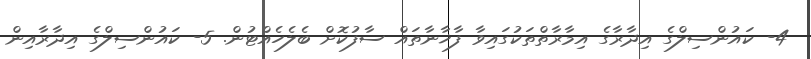
4- ކައުންސިލްގެ އިދާރާގެ އިމާރާތްތަކުގައިވާ ފާޚާނާތައް ސާފުކޮށް ބެލެހެއްޓުން. 5- ކައުންސިލްގެ އިދާރާއިން